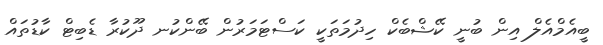
ބީއެމްއެލް އިން ބުނީ ކޭޝްބެކް ހިދުމަތަކީ ކަސްޓަމަރުން ބޭންކުނ ދޫކުރާ ޑެބިޓް ކާޑުތައް